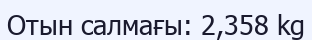
Отын салмағы: 2,358 kg